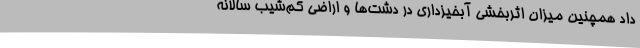
داد همچنین میزان اثربخشی آبخیزداری در دشت‌ها و اراضی کم‌شیب سالانه